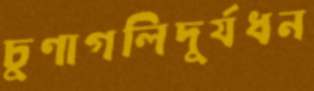
চুণাগলিদুর্যধন